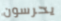
يحرسون